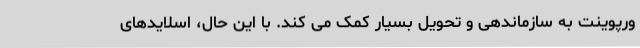
ورپوینت به سازماندهی و تحویل بسیار کمک می کند. با این حال، اسلایدهای